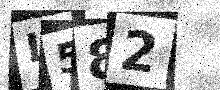
Text: L582